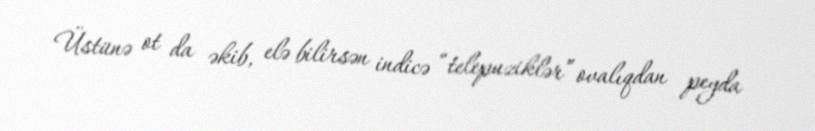
Üstünə ot da əkib, elə bilirsən indicə “telepuziklər” ovalıqdan peyda